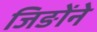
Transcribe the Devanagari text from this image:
जिङोंने